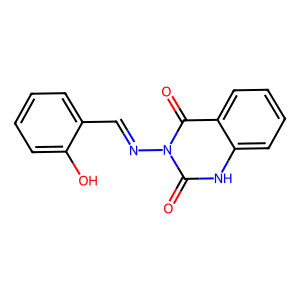
SMILES: O=c1[nH]c2ccccc2c(=O)n1N=Cc1ccccc1O
Inhibits HIV replication: No